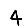
Digit: 4